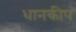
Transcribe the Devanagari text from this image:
धानकीप